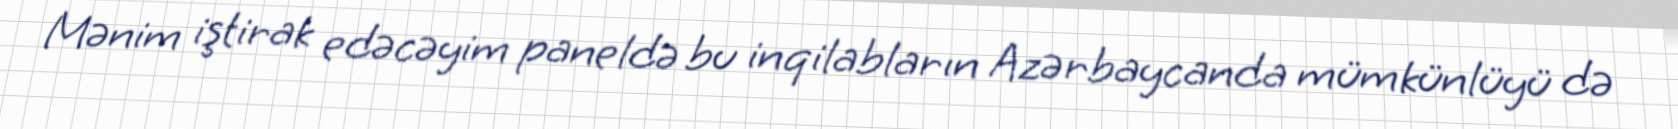
Mənim iştirak edəcəyim paneldə bu inqilabların Azərbaycanda mümkünlüyü də